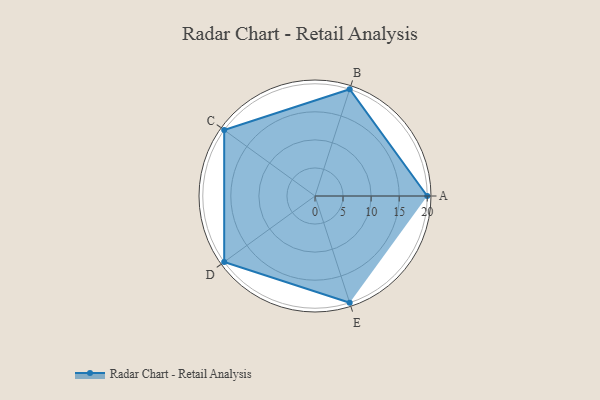
{"axis": {"x": "Skill", "y": "Score"}, "legend": ["Profile"], "data": [{"x": "A", "y": 20, "type": "Profile"}, {"x": "B", "y": 20, "type": "Profile"}, {"x": "C", "y": 20, "type": "Profile"}, {"x": "D", "y": 20, "type": "Profile"}, {"x": "E", "y": 20, "type": "Profile"}]}